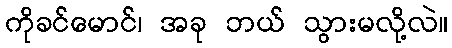
ကိုခင်မောင်၊ အခု ဘယ် သွားမလို့လဲ။